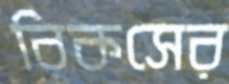
রিকসের